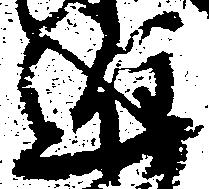
進